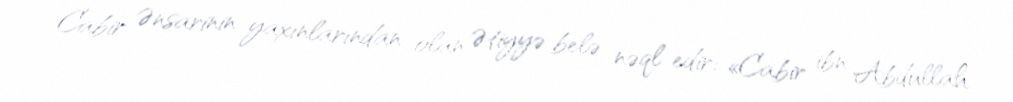
Cabir Ənsarinin yaxınlarından olan Ətiyyə belə nəql edir: «Cabir ibn Abdullah